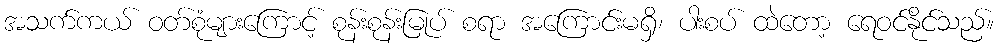
အသက်ကယ် ဝတ်စုံများကြောင့် စုန်းစုန်းမြုပ် စရာ အကြောင်းမရှိ၊ ပါးစပ် ထဲတော့ ရေဝင်နိုင်သည်။